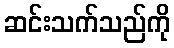
ဆင်းသက်သည်ကို